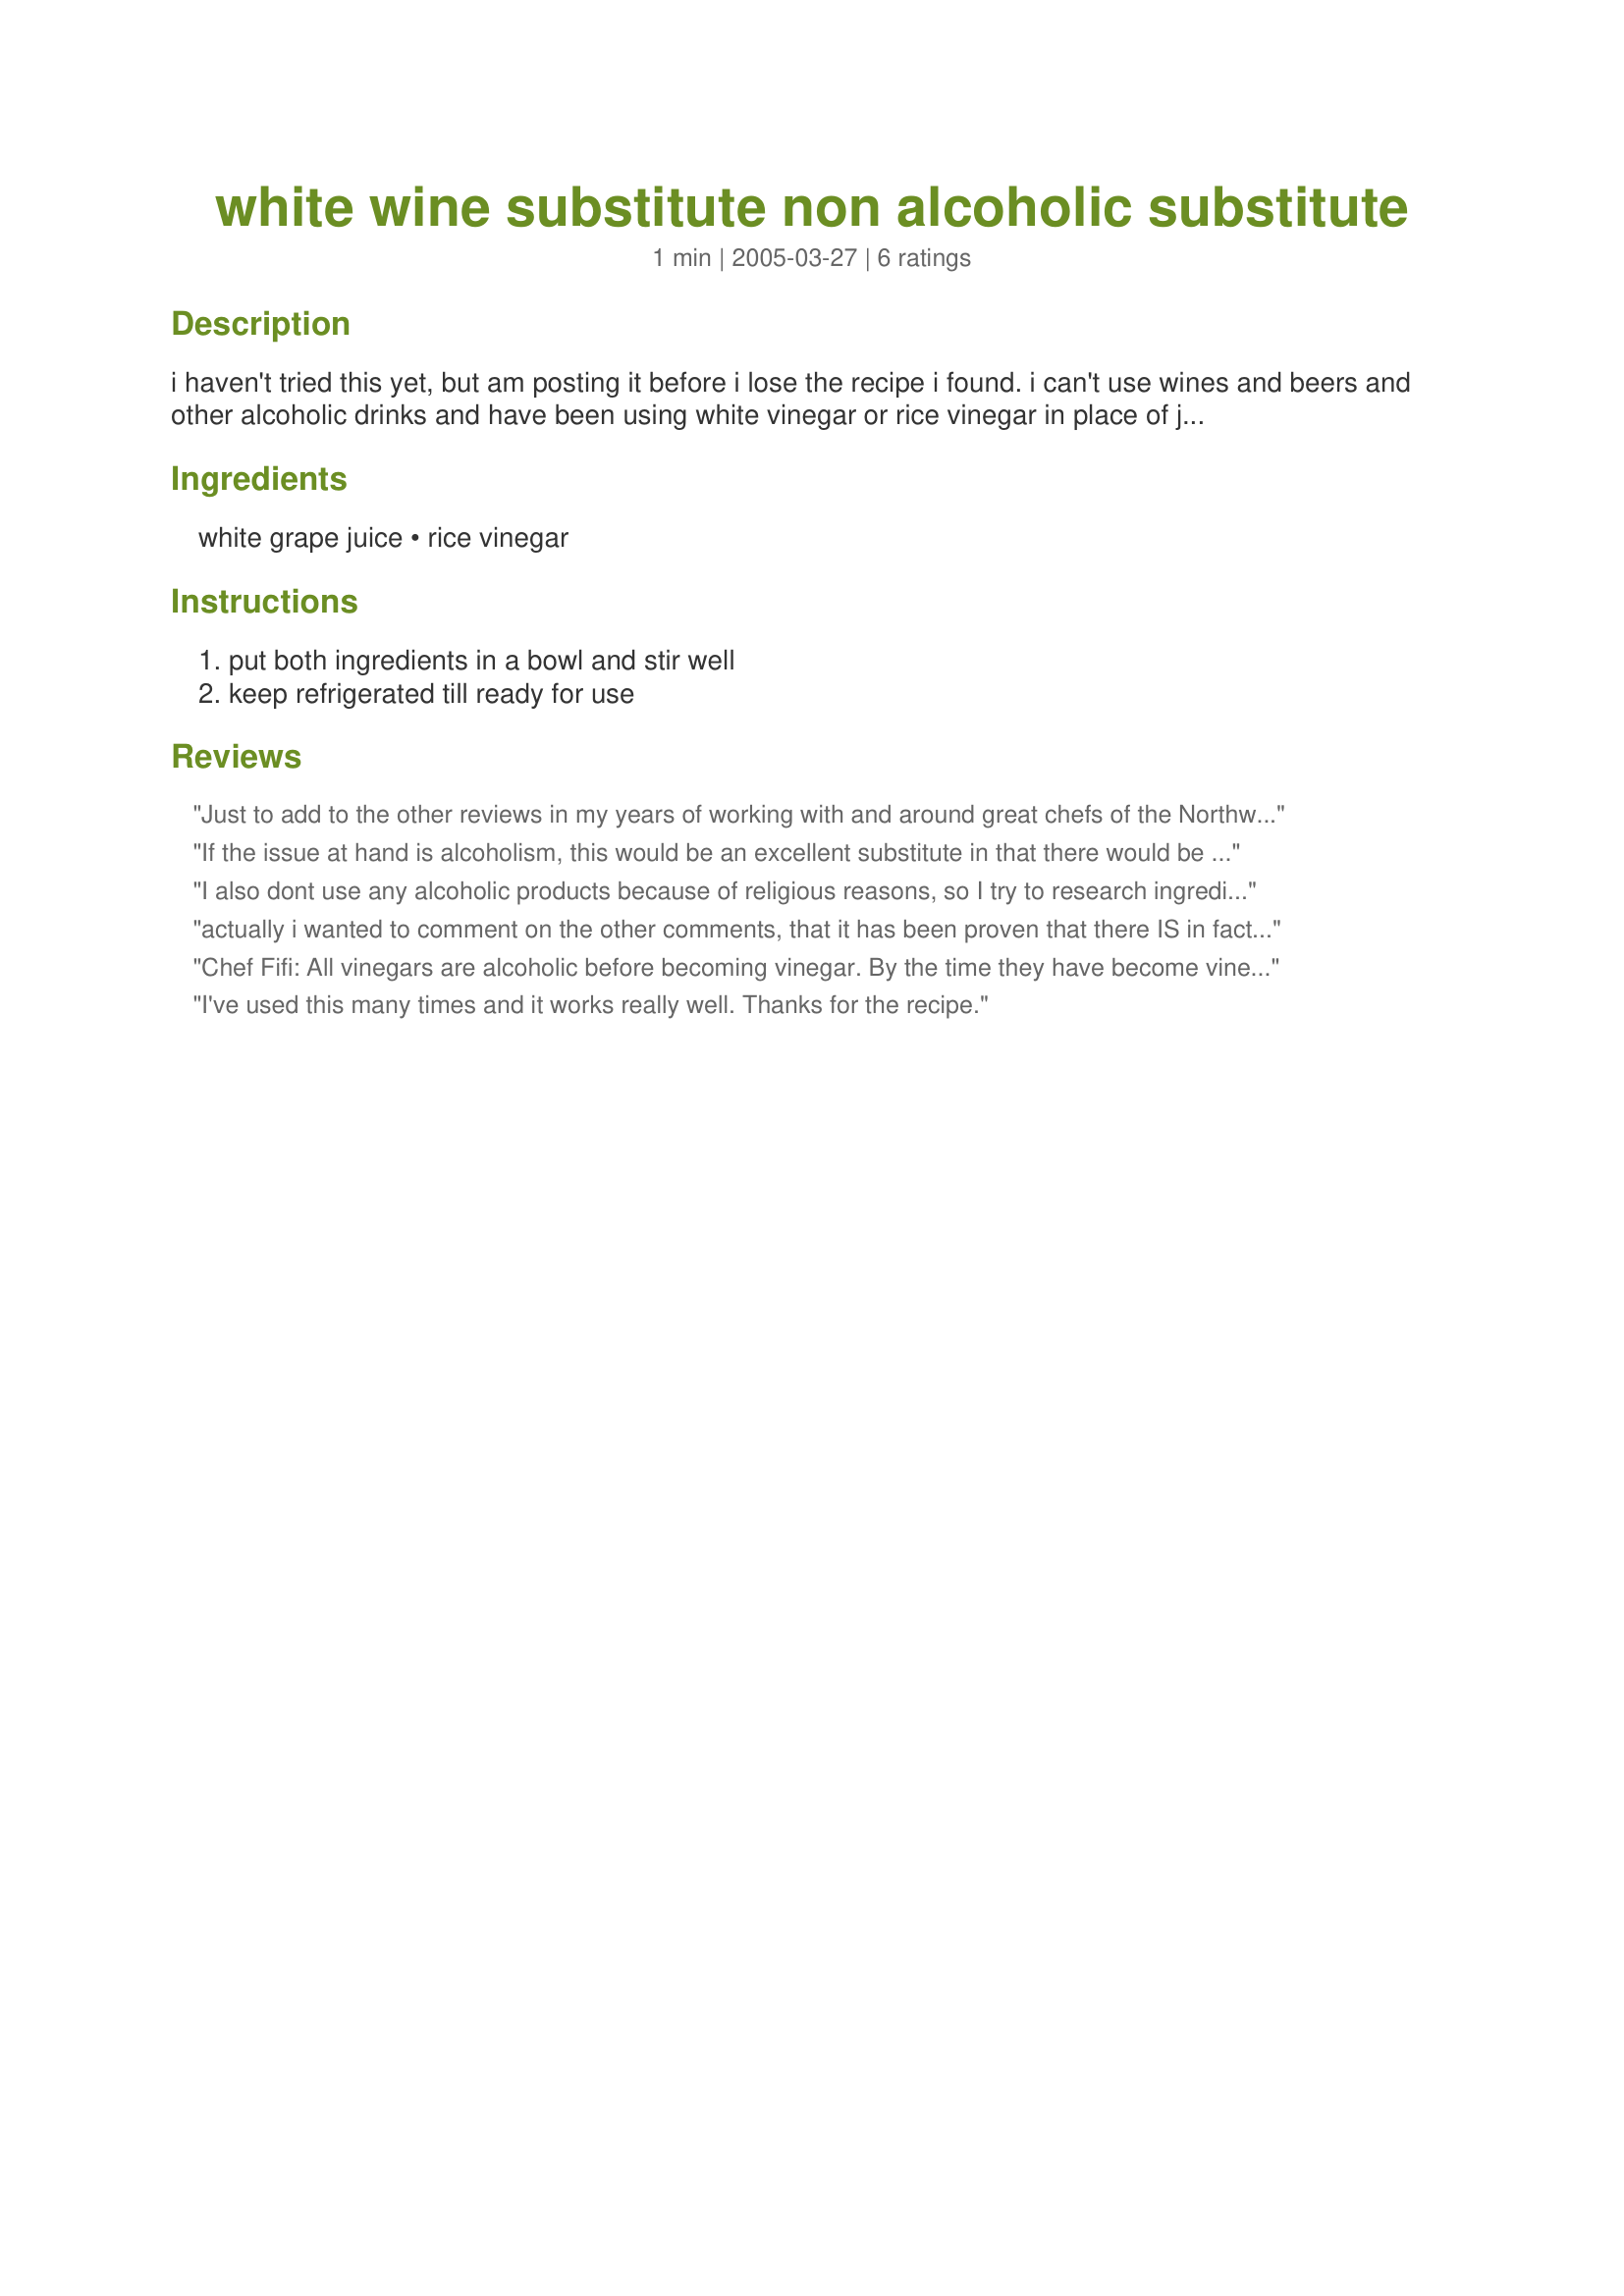
white wine substitute non alcoholic substitute
Preparation time: 1 minutes

i haven't tried this yet, but am posting it before i lose the recipe i found. i can't use wines and beers and other alcoholic drinks and have been using white vinegar or rice vinegar in place of japanese mirin in my japanese cooking. but i found this recipe and maybe i can cook some italian or french recipes that call for wine.

Ingredients:
white grape juice, rice vinegar

Steps:
put both ingredients in a bowl and stir well, keep refrigerated till ready for use

Reviews:
Just to add to the other reviews in
my years of working with and around great chefs of the Northwest and reading through my large collection of cookbooks from early 1800's to current date. Any use of alcohol in the cooking process, the alcohol is cooked off leaving only a residual flavor enhancement. So too Ameera, this is a great substitute if you have no white wine in the pantry to use this will be the one to use. To anyone out there worried about alcohol in your ingredients...fermentation of any kind is a process of bringing ingredients, usually fruits berries or grains,to an alcohol state and then transformed into marinades, vinegars, and sauces, with little or no alcohol content then after processing their is no residual alcohol. Thankyou Ameera for a great sub.
If the issue at hand is alcoholism, this would be an excellent substitute in that there would be no wine leftover in the house to drink. One of the key factors as well as the idea that the taste of alcohol is in the dish itself, giving the temptations rise. So, as far as that goes, I'm willing to try it when cooking for people who have problems with drinking.
I also dont use any alcoholic products because of religious reasons, so I try to research ingredients before consuming. I just wanted to include what I have found on rice vinegar...rice vinegar is made from the alcoholic and acetic fermentation of sugars derived from rice or concentrated rice without being distilled.
actually i wanted to comment on the other comments, that it has been proven that there IS in fact, a lot more alcohol left in the food than people think when alcohol is used in cooking. Up to like, 90% of the alcohol can remain in the food - even if it's like, a flambe dish! ill find a reference for this soon. I just wanted to clarify.
Chef Fifi:
All vinegars are alcoholic before becoming vinegar. By the time they have become vinegar, the alcohol is gone.
I've used this many times and it works really well. Thanks for the recipe.
